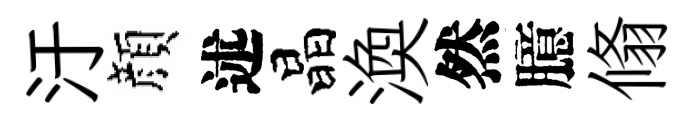
汙顔述晶渙然臆翛